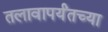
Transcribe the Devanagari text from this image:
तलावापर्यंतच्या